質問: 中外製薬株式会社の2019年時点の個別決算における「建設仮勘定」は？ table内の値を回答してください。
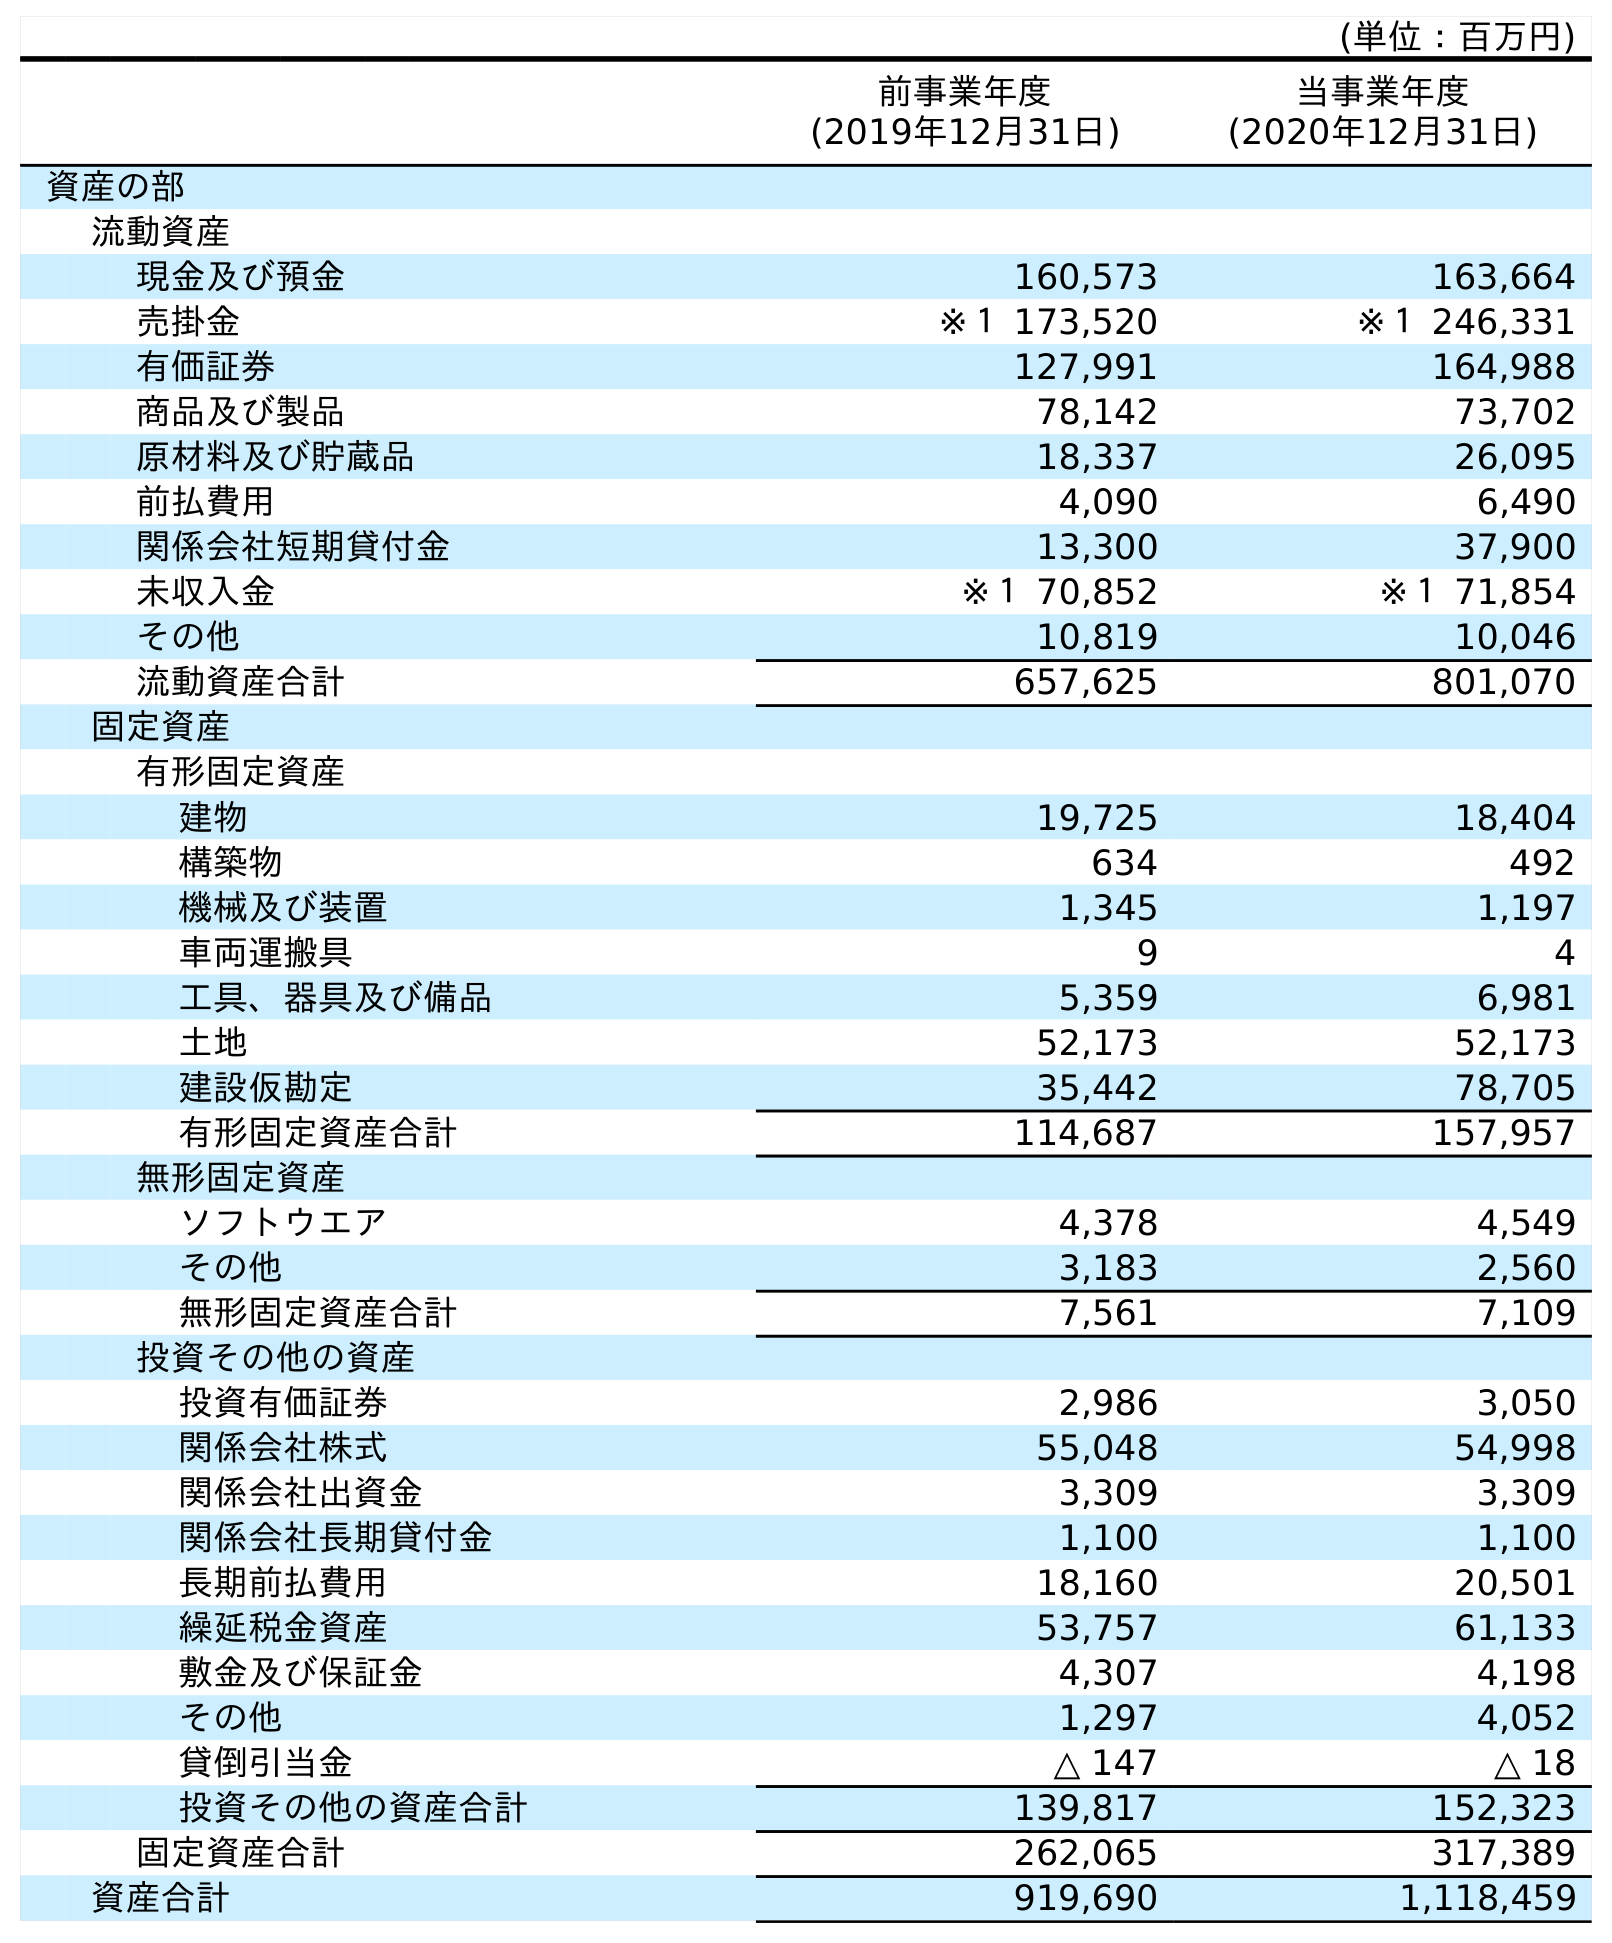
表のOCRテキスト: (単位：百万円) 前事業年度 (2019年12月31日) 当事業年度 (2020年12月31日) 資産の部 流動資産 現金及び預金 160,573 163,664 売掛金 ※１ 173,520 ※１ 246,331 有価証券 127,991 164,988 商品及び製品 78,142 73,702 原材料及び貯蔵品 18,337 26,095 前払費用 4,090 6,490 関係会社短期貸付金 13,300 37,900 未収入金 ※１ 70,852 ※１ 71,854 その他 10,819 10,046 流動資産合計 657,625 801,070 固定資産 有形固定資産 建物 19,725 18,404 構築物 634 492 機械及び装置 1,345 1,197 車両運搬具 9 4 工具、器具及び備品 5,359 6,981 土地 52,173 52,173 建設仮勘定 35,442 78,705 有形固定資産合計 114,687 157,957 無形固定資産 ソフトウエア 4,378 4,549 その他 3,183 2,560 無形固定資産合計 7,561 7,109 投資その他の資産 投資有価証券 2,986 3,050 関係会社株式 55,048 54,998 関係会社出資金 3,309 3,309 関係会社長期貸付金 1,100 1,100 長期前払費用 18,160 20,501 繰延税金資産 53,757 61,133 敷金及び保証金 4,307 4,198 その他 1,297 4,052 貸倒引当金 △ 147 △ 18 投資その他の資産合計 139,817 152,323 固定資産合計 262,065 317,389 資産合計 919,690 1,118,459
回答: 35,442